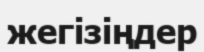
жегізіңдер